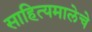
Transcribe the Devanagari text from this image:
साहित्यमालेचे